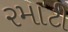
રમાટી